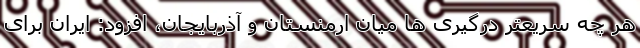
هر چه سریعتر درگیری ها میان ارمنستان و آذربایجان، افزود: ایران برای